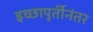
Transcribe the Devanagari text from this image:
इच्छापूर्तीनंतर